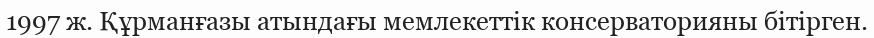
1997 ж. Құрманғазы атындағы мемлекеттік консерваторияны бітірген.